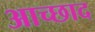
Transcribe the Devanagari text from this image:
आच्छाद